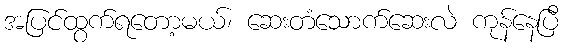
အပြင်ထွက်ရတော့မယ်၊ ဆေးတံသောက်ဆေးလဲ ကုန်နေပြီ